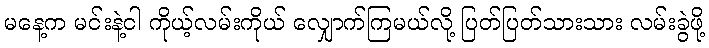
မနေ့က မင်းနဲ့ငါ ကိုယ့်လမ်းကိုယ် လျှောက်ကြမယ်လို့ ပြတ်ပြတ်သားသား လမ်းခွဲဖို့